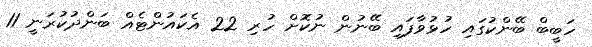
ހަބީބް ބޭންކުގައި ހުޅުވާފައި ބޭނުން ނުކޮށް ހުރި 22 އެކައުންޓެއް ބަންދުކުރަނީ 11